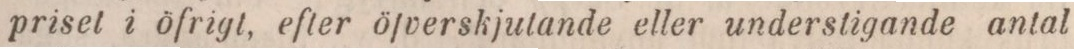
priset i öfrigt, efter öfverskjutande eller understigande antal